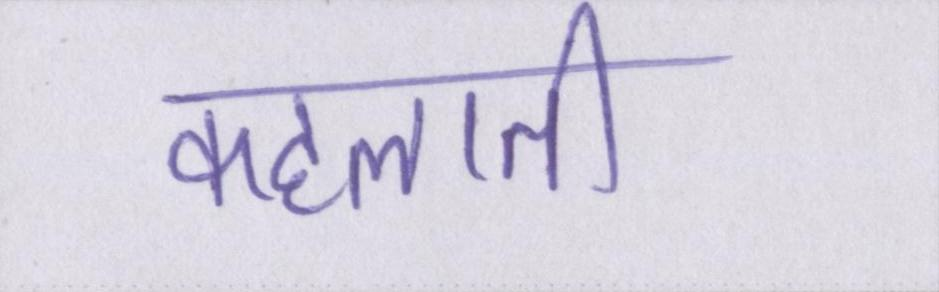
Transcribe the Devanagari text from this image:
कहलाती